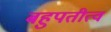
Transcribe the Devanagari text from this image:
बहुपतीत्व